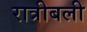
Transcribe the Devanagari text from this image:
रात्रीबली